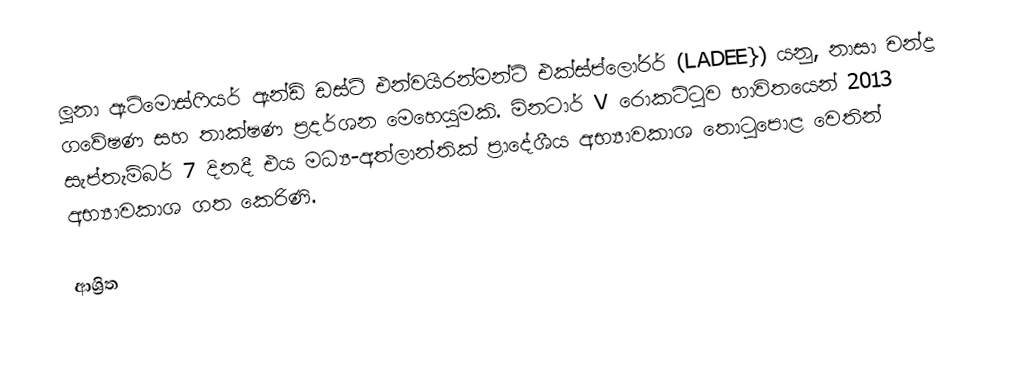
ලූනා ඇට්මොස්ෆියර් ඇන්ඩ් ඩස්ට් එන්වයිරන්මන්ට් එක්ස්ප්ලෝරර් (LADEE}) යනු,  නාසා චන්ද්‍ර ගවේෂණ සහ  තාක්ෂණ ප්‍රදර්ශන මෙහෙයුමකි. මිනටාර්  V රොකට්ටුව භාවිතයෙන් 2013 සැප්තැම්බර් 7 දිනදී එය මධ්‍ය-අත්ලාන්තික් ප්‍රාදේශීය අභ්‍යාවකාශ තොටුපොළ වෙතින් අභ්‍යාවකාශ ගත කෙරිණි.

ආශ්‍රිත